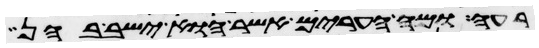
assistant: רעה ומה הערים אשר הוא ישב בהן